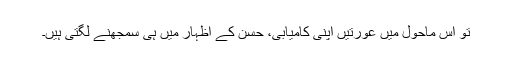
تو اس ماحول میں عورتیں اپنی کامیابی، حسن کے اظہار میں ہی سمجھنے لگتی ہیں۔